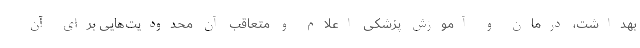
بهداشت، درمان و آموزش پزشکی اعلام و متعاقب آن محدودیت‌هایی برای آن